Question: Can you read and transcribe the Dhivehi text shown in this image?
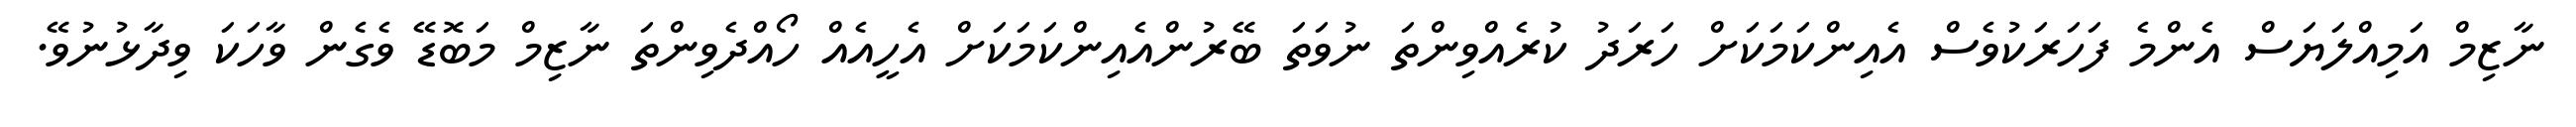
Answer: ނާޒިމް އަމިއްލަޔަސް އެންމެ ފަހަރަކުވެސް އެއިންކަމަކަށް ހަރަދު ކުރެއްވިންތަ ނުވަތަ ބޭރުންއެއިންކަމަކަށް އެހީއެއް ހޯއްދެވިންތަ ނާޒިމް މަބޮޑޭ ވެގެން ވާހަކަ ވިދާޅުނުވޭ.